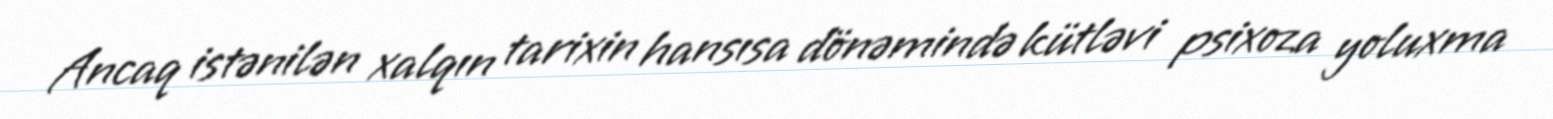
Ancaq istənilən xalqın tarixin hansısa dönəmində kütləvi psixoza yoluxma